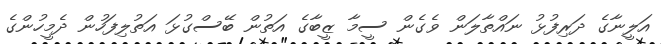
އަލީނާގެ ދަރިފުޅު ނައްތާލަން ވެގެން ސީމާ ޒީބާގެ އަތުން ބޭސްގުޅަ އަތުލިފަހުން ދެމީހުންގެ